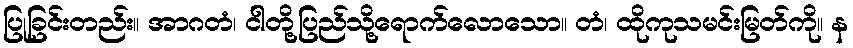
ပြုခြင်းတည်း။ အာဂတံ၊ ငါတို့ပြည်သို့ရောက်လောသော။ တံ၊ ထိုကုသမင်းမြတ်ကို။ န